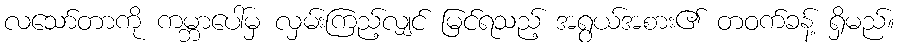
လသော်တာကို ကမ္ဘာပေါ်မှ လှမ်းကြည့်လျှင် မြင်ရသည့် အရွယ်အစား၏ တဝက်ခန့် ရှိမည်။